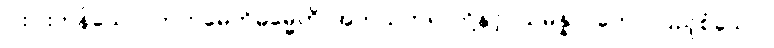
ငါးပါးကုန်သော။ ကတမေဟိဓမ္မေဟိ၊ အဘယ်တရာတို့နှင့်။ သမန္နာဂတော၊ ပြည့်စုံသော။